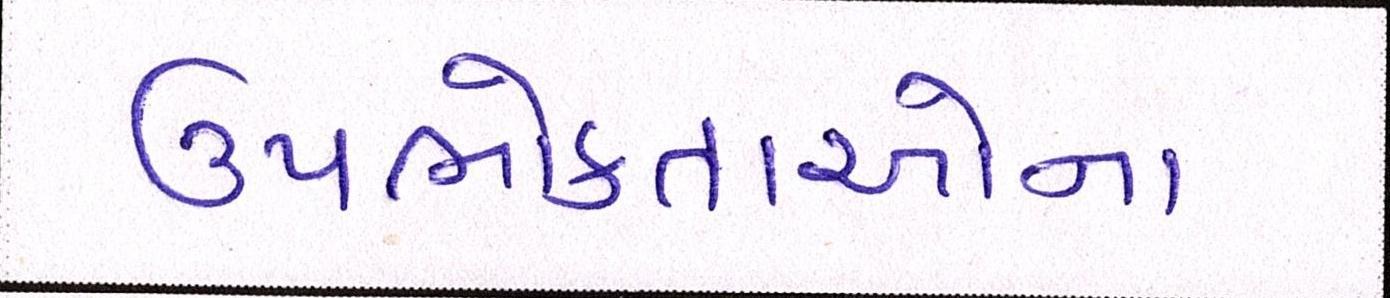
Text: ઉપભોક્તાઓના